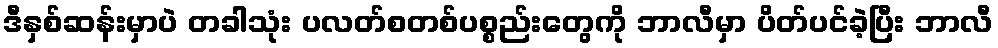
ဒီနှစ်ဆန်းမှာပဲ တခါသုံး ပလတ်စတစ်ပစ္စည်းတွေကို ဘာလီမှာ ပိတ်ပင်ခဲ့ပြီး ဘာလီ